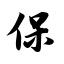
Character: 保